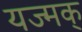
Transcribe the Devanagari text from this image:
यज्मक्